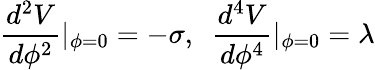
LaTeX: \frac{d^{2}V}{d\phi^{2}}|_{\phi=0}=-\sigma,~~\frac{d^{4}V}{d\phi^{4}}|_{\phi=0}=\lambda